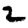
Digit: 2